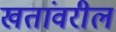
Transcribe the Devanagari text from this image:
खतांवरील